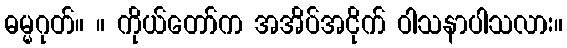
ဓမ္မဂုတ်။ ။ ကိုယ်တော်က အအိပ်အငိုက် ဝါသနာပါသလား။